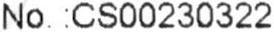
NO. :CS00230322